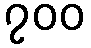
၇၀၀